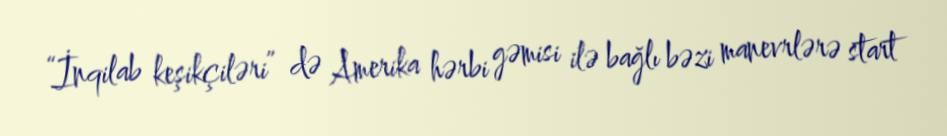
“İnqilab keşikçiləri” də Amerika hərbi gəmisi ilə bağlı bəzi manevrlərə start